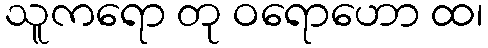
သူကရော တု ဝရောဟော ထ၊